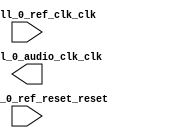

module audio_clock (
	audio_pll_0_ref_clk_clk,
	audio_pll_0_ref_reset_reset,
	audio_pll_0_audio_clk_clk);	

	input		audio_pll_0_ref_clk_clk;
	input		audio_pll_0_ref_reset_reset;
	output		audio_pll_0_audio_clk_clk;
endmodule